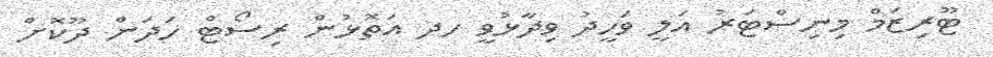
ޓޫރިޒަމް މިނިސްޓަރު އަލީ ވަހީދު ވިދާޅުވީ ހދ އަތޮޅުން ރިސޯޓް ހަދަން ދޫކޮށް